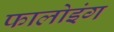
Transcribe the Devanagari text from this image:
फालोइंग